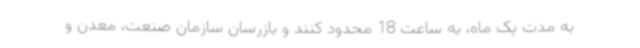
به مدت یک ماه، به ساعت 18 محدود کنند و بازرسان سازمان صنعت، معدن و